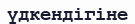
үдкендігіне